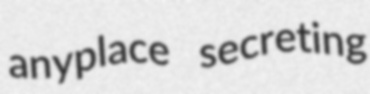
anyplace secreting